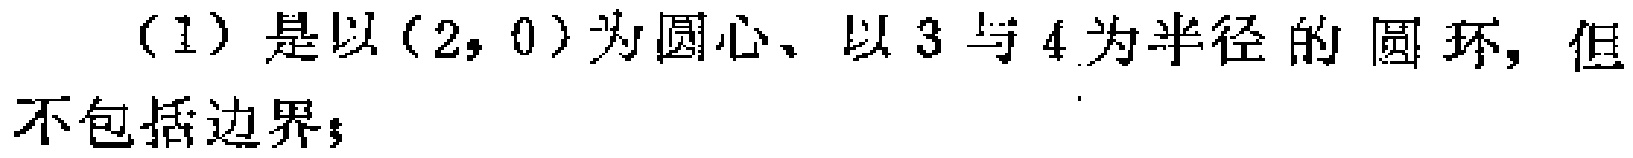
(1) 是以\((2,0)\)为圆心、以\(3\)与\(4\)为半径的圆环，但不包括边界；